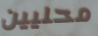
محليين